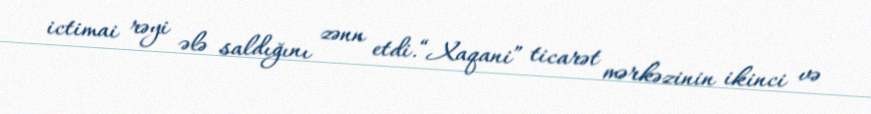
ictimai rəyi ələ saldığını zənn etdi.“Xaqani” ticarət mərkəzinin ikinci və